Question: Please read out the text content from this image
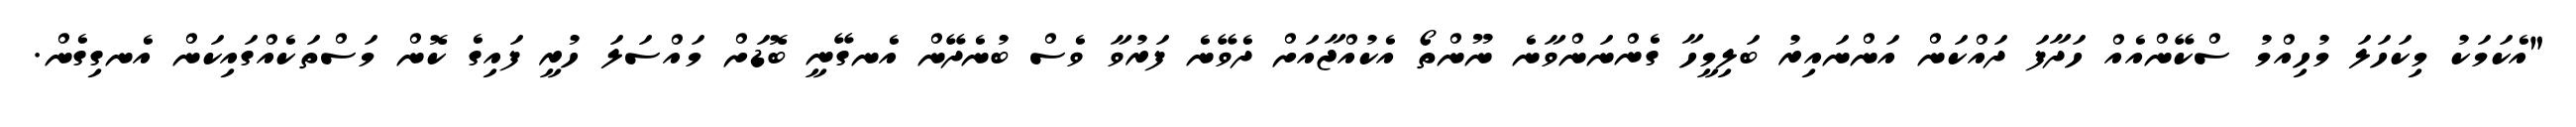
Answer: "އެކަމަކު މިކަހަލަ މުހިއްމު ސްކޭންއެއް ހަދާފަ ދައްކަން އަންނައިރު ބަލިމީހާ ގެންނަންވާނެ ނޫންތޯ އެކުއްޖާއަށް ދެވޭނެ ފަރުވާ ވެސް ބުނެދޭން އެނގޭނީ ބޮޑަށް މައްސަލަ ހުރީ ފައިގެ ކޮން މަސްތަކެއްގައިކަން އެނގިގެން.